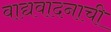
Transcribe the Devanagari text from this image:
वाद्यवादनाची